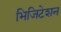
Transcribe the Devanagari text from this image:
भिजिटेशन